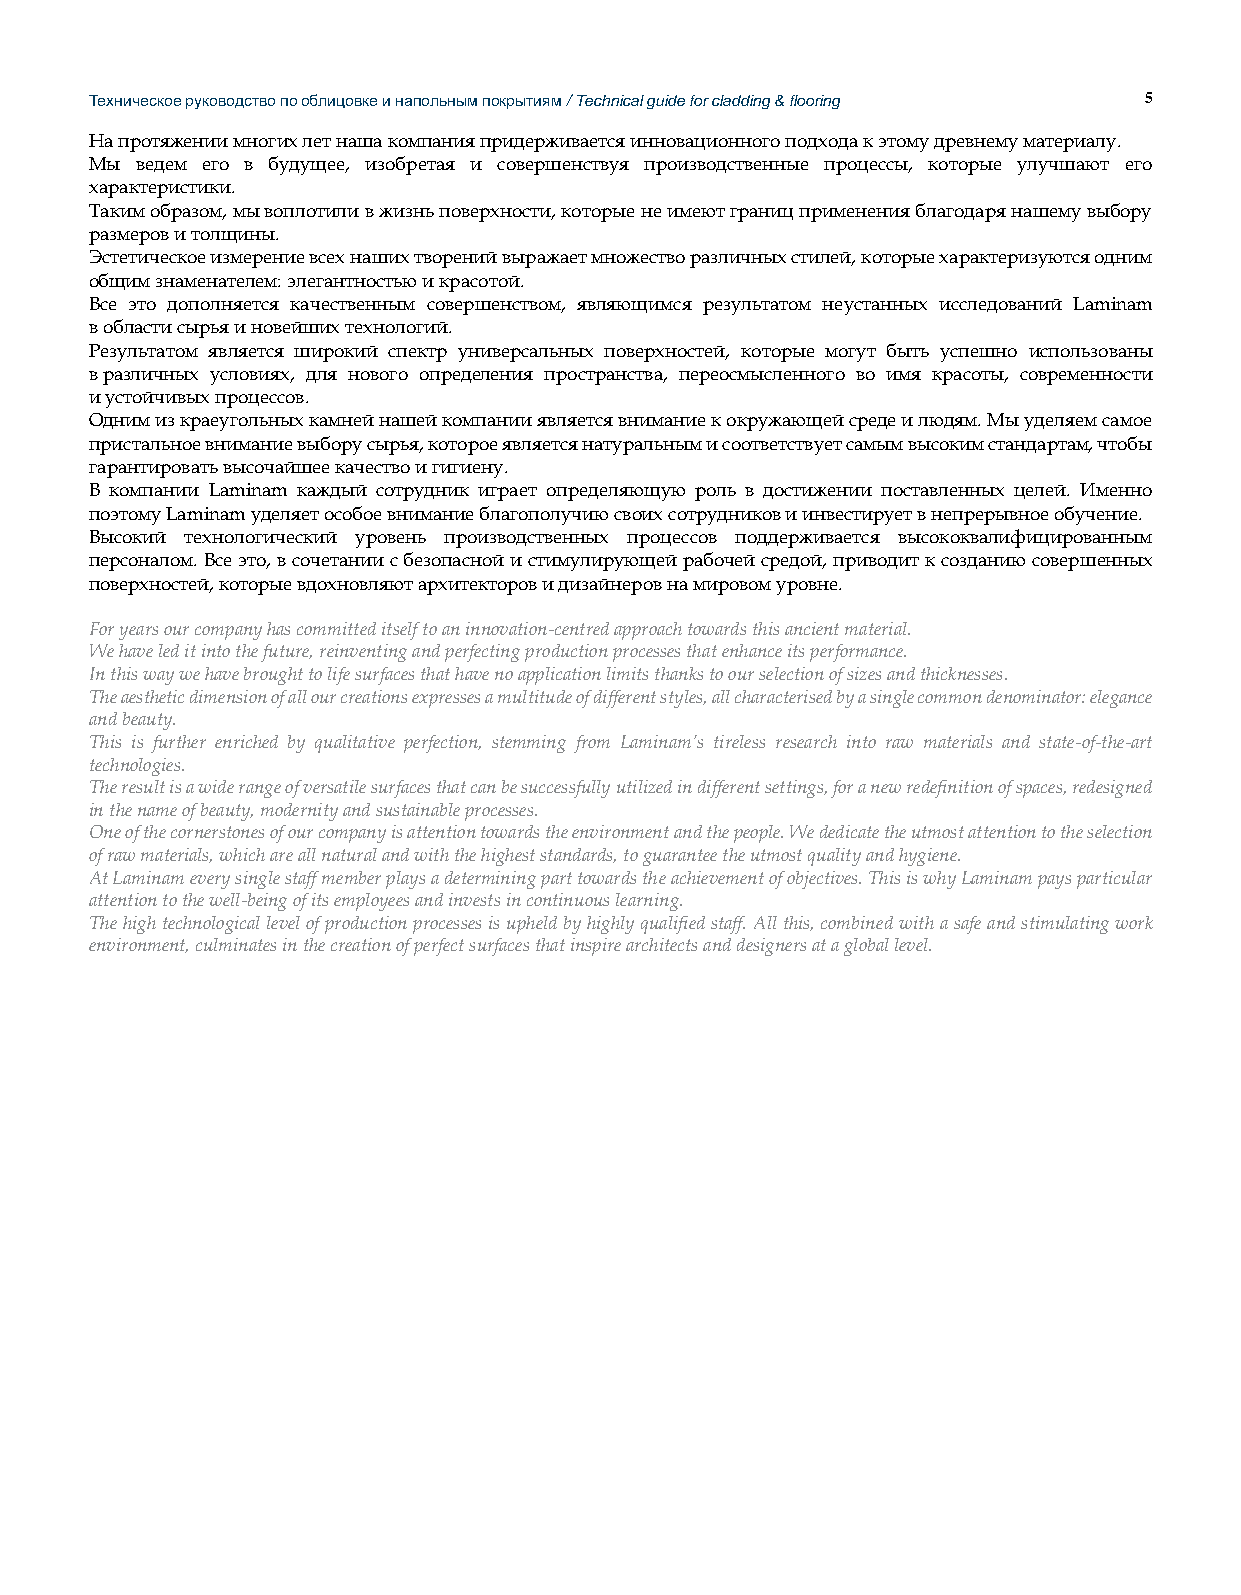
Техническое руководство по облицовке и напольным покрытиям / Technical guide for cladding & flooring 5
 На протяжении многих лет наша компания придерживается инновационного подхода к этому древнему материалу.
 Мы ведем его в будущее, изобретая и совершенствуя производственные процессы, которые улучшают его
 характеристики.
 Таким образом, мы воплотили в жизнь поверхности, которые не имеют границ применения благодаря нашему выбору
 размеров и толщины.
 Эстетическое измерение всех наших творений выражает множество различных стилей, которые характеризуются одним
 общим знаменателем: элегантностью и красотой.
 Все это дополняется качественным совершенством, являющимся результатом неустанных исследований Laminam
 в области сырья и новейших технологий.
 Результатом является широкий спектр универсальных поверхностей, которые могут быть успешно использованы
 в различных условиях, для нового определения пространства, переосмысленного во имя красоты, современности
 и устойчивых процессов.
 Одним из краеугольных камней нашей компании является внимание к окружающей среде и людям. Мы уделяем самое
 пристальное внимание выбору сырья, которое является натуральным и соответствует самым высоким стандартам, чтобы
 гарантировать высочайшее качество и гигиену.
 В компании Laminam каждый сотрудник играет определяющую роль в достижении поставленных целей. Именно
 поэтому Laminam уделяет особое внимание благополучию своих сотрудников и инвестирует в непрерывное обучение.
 Высокий технологический уровень производственных процессов поддерживается высококвалифицированным
 персоналом. Все это, в сочетании с безопасной и стимулирующей рабочей средой, приводит к созданию совершенных
 поверхностей, которые вдохновляют архитекторов и дизайнеров на мировом уровне.
 For years our company has committed itself to an innovation-centred approach towards this ancient material.
 We have led it into the future, reinventing and perfecting production processes that enhance its performance.
 In this way we have brought to life surfaces that have no application limits thanks to our selection of sizes and thicknesses.
 The aesthetic dimension of all our creations expresses a multitude of different styles, all characterised by a single common denominator: elegance
 and beauty.
 This is further enriched by qualitative perfection, stemming from Laminam’s tireless research into raw materials and state-of-the-art
 technologies.
 The result is a wide range of versatile surfaces that can be successfully utilized in different settings, for a new redefinition of spaces, redesigned
 in the name of beauty, modernity and sustainable processes.
 One of the cornerstones of our company is attention towards the environment and the people. We dedicate the utmost attention to the selection
 of raw materials, which are all natural and with the highest standards, to guarantee the utmost quality and hygiene.
 At Laminam every single staff member plays a determining part towards the achievement of objectives. This is why Laminam pays particular
 attention to the well-being of its employees and invests in continuous learning.
 The high technological level of production processes is upheld by highly qualified staff. All this, combined with a safe and stimulating work
 environment, culminates in the creation of perfect surfaces that inspire architects and designers at a global level.